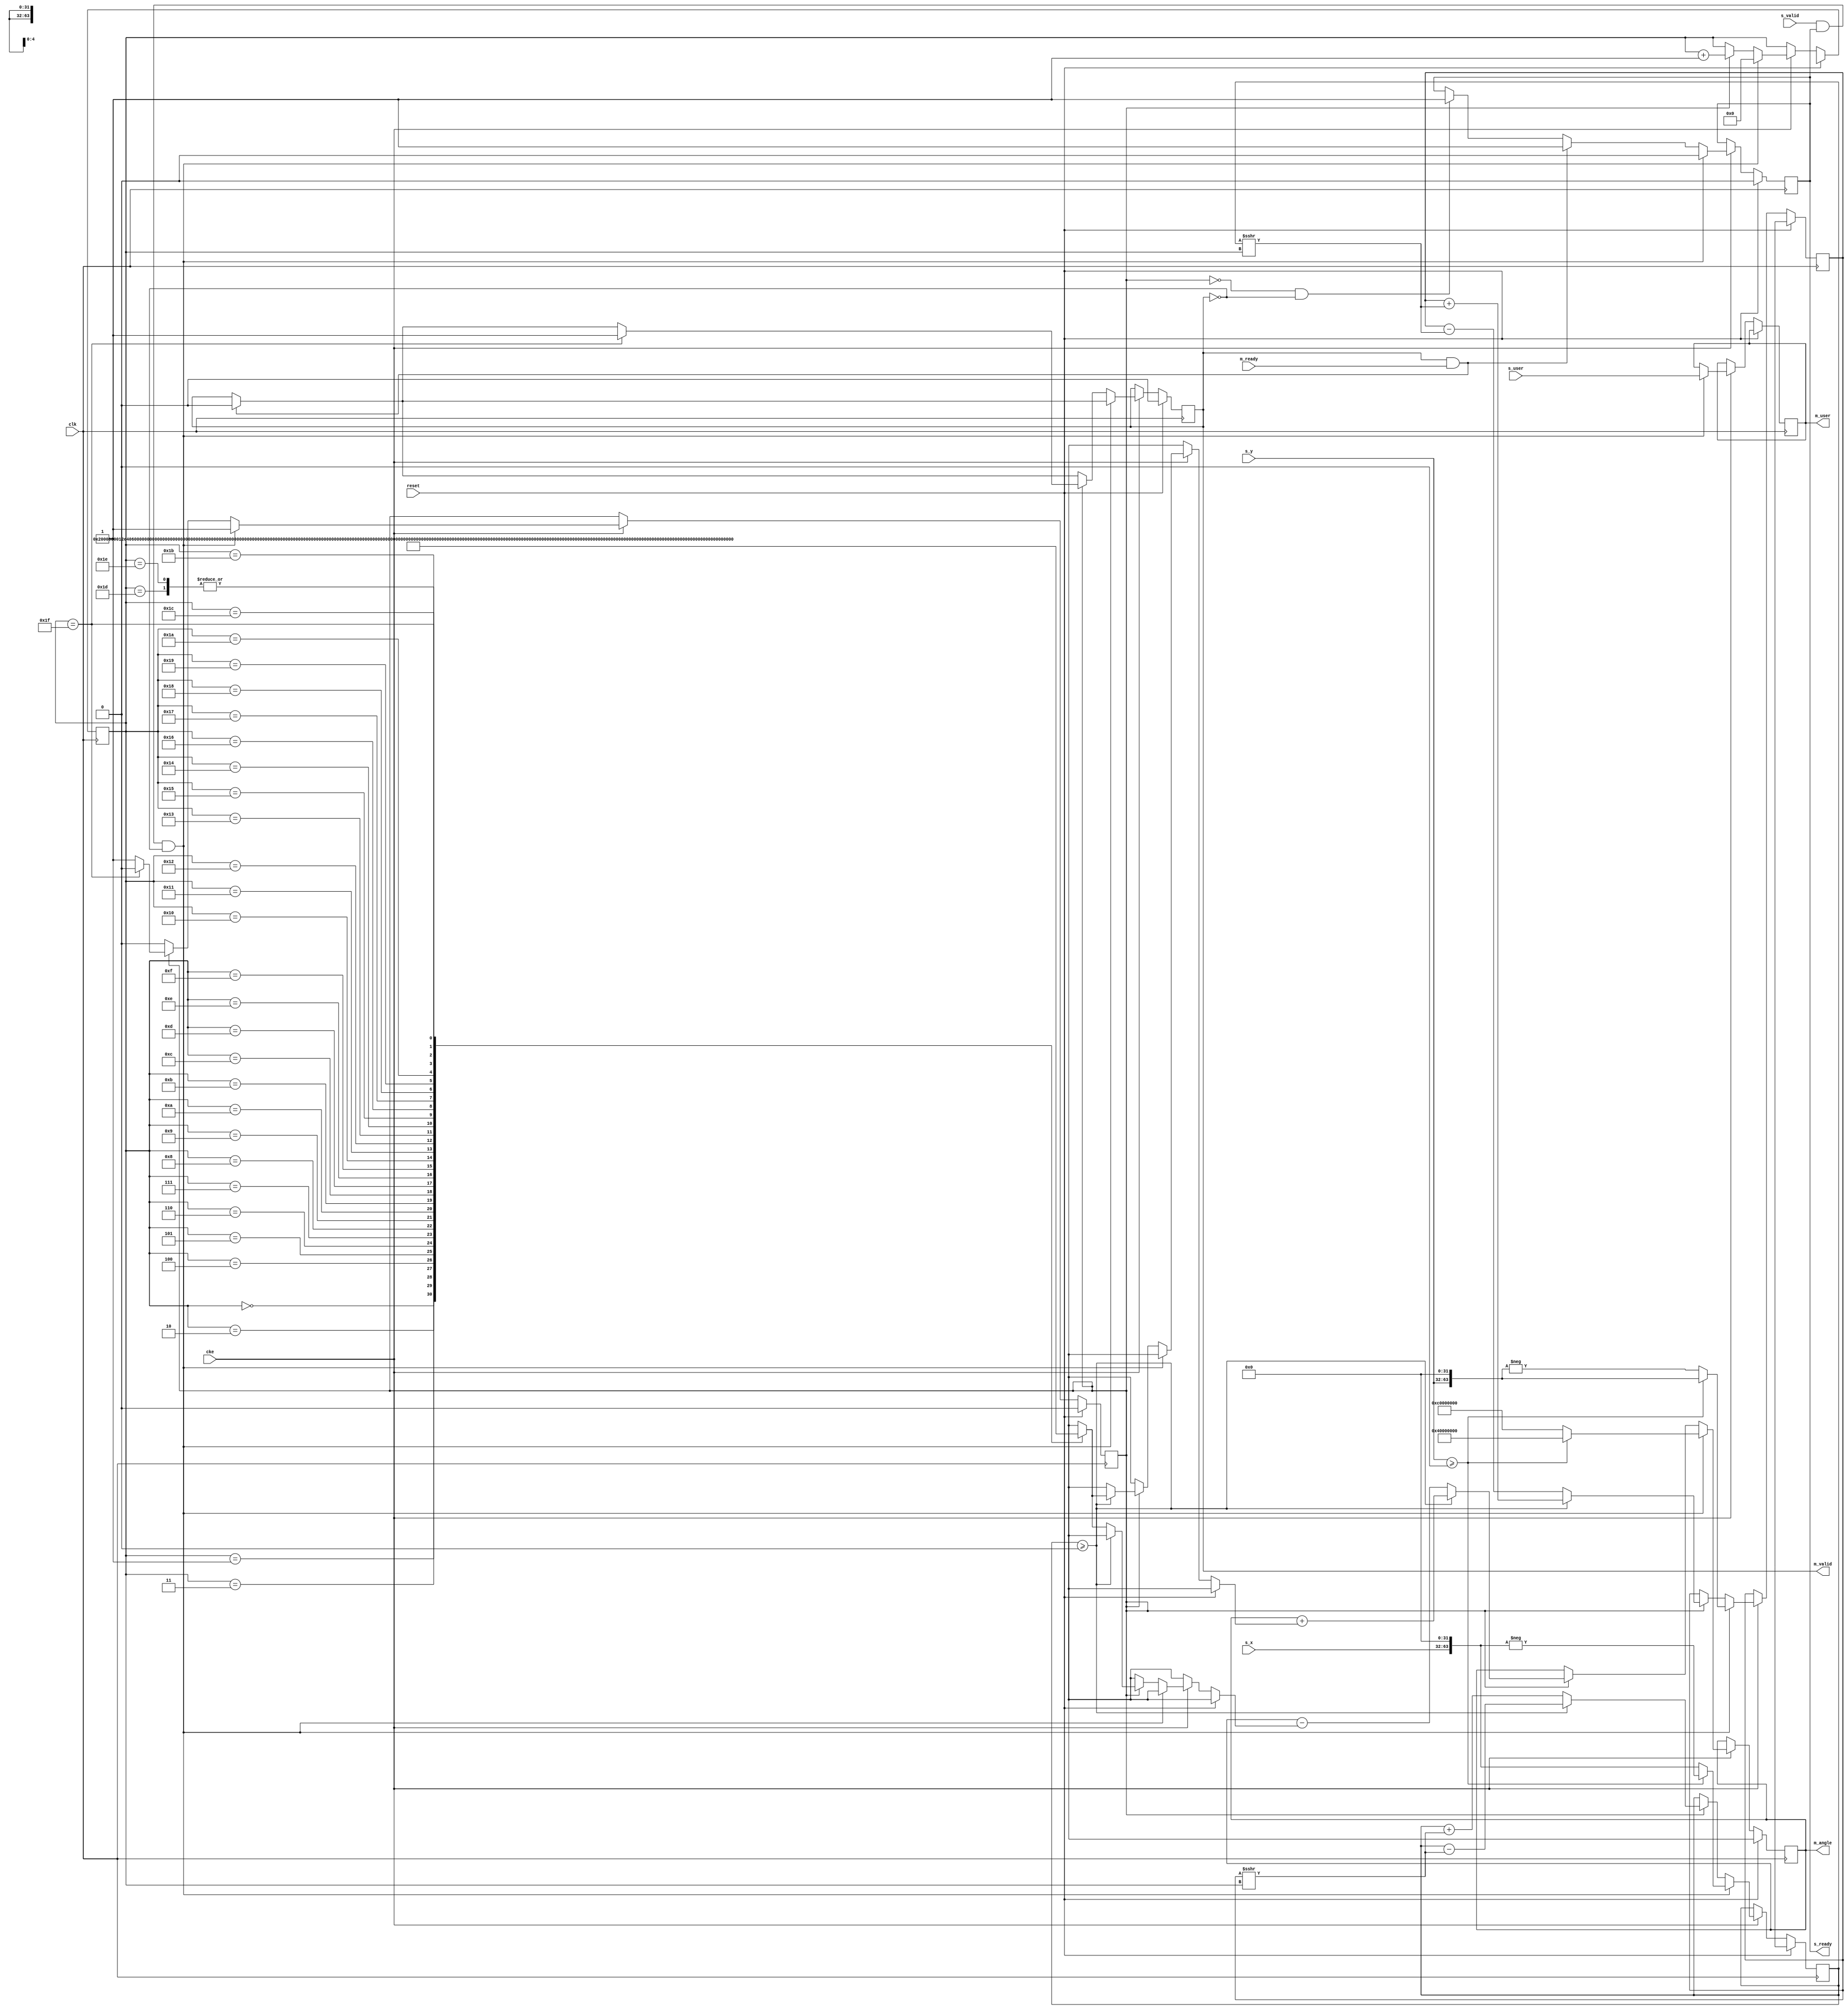
// This program was cloned from: https://github.com/ryuz/jelly
// License: MIT License

// ---------------------------------------------------------------------------
//  Jelly  -- The platform for real-time computing
//
//                                 Copyright (C) 2008-2020 by Ryuz
//                                 https://github.com/ryuz/jelly.git
// ---------------------------------------------------------------------------



`timescale 1ns / 1ps
`default_nettype none



//  atan2
module jelly_fixed_atan2_multicycle
        #(
            parameter   SCALED_RADIAN = 1,
            parameter   USER_WIDTH    = 0,
            parameter   X_WIDTH       = 32,
            parameter   Y_WIDTH       = 32,
            parameter   ANGLE_WIDTH   = 32,
            parameter   Q_WIDTH       = SCALED_RADIAN ? ANGLE_WIDTH : ANGLE_WIDTH - 4, // max:32
            
            parameter   USER_BITS     = USER_WIDTH > 0 ? USER_WIDTH : 1
        )
        (
            input   wire                                reset,
            input   wire                                clk,
            input   wire                                cke,
            
            // input
            input   wire            [USER_BITS-1:0]     s_user,
            input   wire    signed  [X_WIDTH-1:0]       s_x,
            input   wire    signed  [Y_WIDTH-1:0]       s_y,
            input   wire                                s_valid,
            output  wire                                s_ready,
            
            // output
            output  wire            [USER_BITS-1:0]     m_user,
            output  wire    signed  [ANGLE_WIDTH-1:0]   m_angle,
            output  wire                                m_valid,
            input   wire                                m_ready
        );
    
    localparam  XY_WIDTH   = ((X_WIDTH > Y_WIDTH) ? X_WIDTH : Y_WIDTH) + Q_WIDTH;
    localparam  STEP_WIDTH = Q_WIDTH <= 2  ? 1 :
                             Q_WIDTH <= 4  ? 2 :
                             Q_WIDTH <= 8  ? 3 :
                             Q_WIDTH <= 16 ? 4 : 5;
    
    localparam  [34:0]   ANGLE_0   = SCALED_RADIAN ? 32'h00000000 : 35'h000000000;
    localparam  [34:0]   ANGLE_90  = SCALED_RADIAN ? 32'h40000000 : 35'h1921fb544;
    localparam  [34:0]   ANGLE_180 = SCALED_RADIAN ? 32'h80000000 : 35'h3243f6a88;
    localparam  [34:0]   ANGLE_270 = SCALED_RADIAN ? 32'hc0000000 : 35'h4b65f1fcc;
    localparam  [34:0]   ANGLE_360 = SCALED_RADIAN ? 32'h00000000 : 35'h6487ed511;
    
    
    // Q32
    function signed [ANGLE_WIDTH-1:0] q32_to_angle(input [34:0] q32);
    begin
        q32_to_angle = (q32 + (32'h80000000 >> Q_WIDTH)) >> (32 - Q_WIDTH);
    end
    endfunction
    
    // Q32ScaledQ32
    function signed [31:0] q32rad_to_scaled(input [31:0] rad);
    begin
        q32rad_to_scaled = ((rad * 64'h00000000_28be60dc) + 64'h00000000_80000000) >> 32;
    end
    endfunction
    
    // table
    function signed [ANGLE_WIDTH-1:0] make_tbl(
                                            input [31:0] q32rad,
                                            input [4:0]  idx
                                        );
    begin
        if ( SCALED_RADIAN ) begin
            make_tbl = q32_to_angle(q32rad_to_scaled(q32rad));
        end
        else begin
            make_tbl = q32_to_angle(q32rad);
        end
        if ( idx >= Q_WIDTH ) begin
            make_tbl = {ANGLE_WIDTH{1'bx}};
        end
    end
    endfunction
    
    wire    signed  [ANGLE_WIDTH-1:0]   atan_tbl[0:31];
    assign atan_tbl[0]  = make_tbl(32'hc90fdaa2, 0);
    assign atan_tbl[1]  = make_tbl(32'h76b19c16, 1);
    assign atan_tbl[2]  = make_tbl(32'h3eb6ebf2, 2);
    assign atan_tbl[3]  = make_tbl(32'h1fd5ba9b, 3);
    assign atan_tbl[4]  = make_tbl(32'h0ffaaddc, 4);
    assign atan_tbl[5]  = make_tbl(32'h07ff556f, 5);
    assign atan_tbl[6]  = make_tbl(32'h03ffeaab, 6);
    assign atan_tbl[7]  = make_tbl(32'h01fffd55, 7);
    assign atan_tbl[8]  = make_tbl(32'h00ffffab, 8);
    assign atan_tbl[9]  = make_tbl(32'h007ffff5, 9);
    assign atan_tbl[10] = make_tbl(32'h003fffff, 10);
    assign atan_tbl[11] = make_tbl(32'h00200000, 11);
    assign atan_tbl[12] = make_tbl(32'h00100000, 12);
    assign atan_tbl[13] = make_tbl(32'h00080000, 13);
    assign atan_tbl[14] = make_tbl(32'h00040000, 14);
    assign atan_tbl[15] = make_tbl(32'h00020000, 15);
    assign atan_tbl[16] = make_tbl(32'h00010000, 16);
    assign atan_tbl[17] = make_tbl(32'h00008000, 17);
    assign atan_tbl[18] = make_tbl(32'h00004000, 18);
    assign atan_tbl[19] = make_tbl(32'h00002000, 19);
    assign atan_tbl[20] = make_tbl(32'h00001000, 20);
    assign atan_tbl[21] = make_tbl(32'h00000800, 21);
    assign atan_tbl[22] = make_tbl(32'h00000400, 22);
    assign atan_tbl[23] = make_tbl(32'h00000200, 23);
    assign atan_tbl[24] = make_tbl(32'h00000100, 24);
    assign atan_tbl[25] = make_tbl(32'h00000080, 25);
    assign atan_tbl[26] = make_tbl(32'h00000040, 26);
    assign atan_tbl[27] = make_tbl(32'h00000020, 27);
    assign atan_tbl[28] = make_tbl(32'h00000010, 28);
    assign atan_tbl[29] = make_tbl(32'h00000008, 29);
    assign atan_tbl[30] = make_tbl(32'h00000004, 30);
    assign atan_tbl[31] = make_tbl(32'h00000002, 31);
    
    
    // CORDIC core
    reg                                 reg_busy;
    reg                                 reg_ready;
    reg                                 reg_valid;
    
    reg             [STEP_WIDTH-1:0]    reg_step;
    reg             [USER_BITS-1:0]     reg_user;
    reg     signed  [XY_WIDTH-1:0]      reg_x;
    reg     signed  [XY_WIDTH-1:0]      reg_y;
    reg     signed  [ANGLE_WIDTH-1:0]   reg_angle;
    
    always @(posedge clk) begin
        if ( reset ) begin
            reg_busy    <= 1'b0;
            reg_ready   <= 1'b0;
            reg_valid   <= 1'b0;
            reg_step    <= {STEP_WIDTH{1'bx}};
            reg_x       <= {XY_WIDTH{1'bx}};
            reg_y       <= {XY_WIDTH{1'bx}};
            reg_angle   <= {ANGLE_WIDTH{1'bx}};
        end
        else if ( cke ) begin
            if ( !reg_busy && !reg_valid ) begin
                reg_ready <= 1'b1;
            end
            
            if ( m_valid & m_ready ) begin
                reg_valid <= 1'b0;
                reg_ready <= 1'b1;
            end
            
            if ( s_valid & s_ready & !m_valid ) begin
                // start
                reg_user <= s_user;
                if ( s_y >= 0 ) begin
                    // XY 90
                    reg_x     <= +(s_y <<< Q_WIDTH);
                    reg_y     <= -(s_x <<< Q_WIDTH);
                    reg_angle <= q32_to_angle(ANGLE_90);
                end
                else begin
                    // XY270
                    reg_x     <= -(s_y <<< Q_WIDTH);
                    reg_y     <= +(s_x <<< Q_WIDTH);
                    reg_angle <= q32_to_angle(ANGLE_270);
                end
                reg_busy    <= 1'b1;
                reg_ready   <= 1'b0;
                reg_step    <= 0;
            end
            else if ( reg_busy ) begin
                if ( reg_y >= 0 ) begin
                    reg_x     <= reg_x + (reg_y >>> reg_step);
                    reg_y     <= reg_y - (reg_x >>> reg_step);
                    reg_angle <= reg_angle + atan_tbl[reg_step];
                end
                else begin
                    reg_x     <= reg_x - (reg_y >>> reg_step);
                    reg_y     <= reg_y + (reg_x >>> reg_step);
                    reg_angle <= reg_angle - atan_tbl[reg_step];
                end
                
                reg_step <= reg_step + 1'b1;
                if ( reg_step == (Q_WIDTH-1) ) begin
                    reg_busy    <= 1'b0;
                    reg_valid   <= 1'b1;
                end
            end
        end
    end
    
    assign s_ready = reg_ready;
    
    assign m_user  = reg_user;
    assign m_angle = reg_angle;
    assign m_valid = reg_valid;
    
endmodule


`default_nettype wire


// end of file